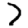
Digit: 7